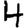
Digit: 4